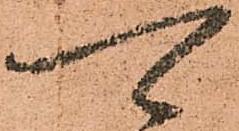
可